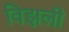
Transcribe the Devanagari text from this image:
विझली